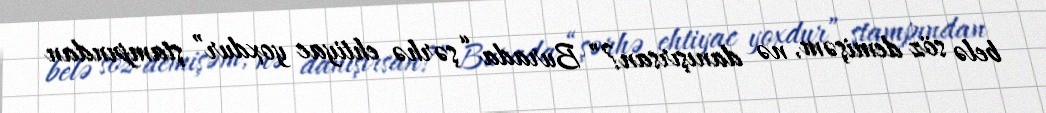
belə söz demişəm, nə danışırsan?” Burada “şərhə ehtiyac yoxdur” ştampından